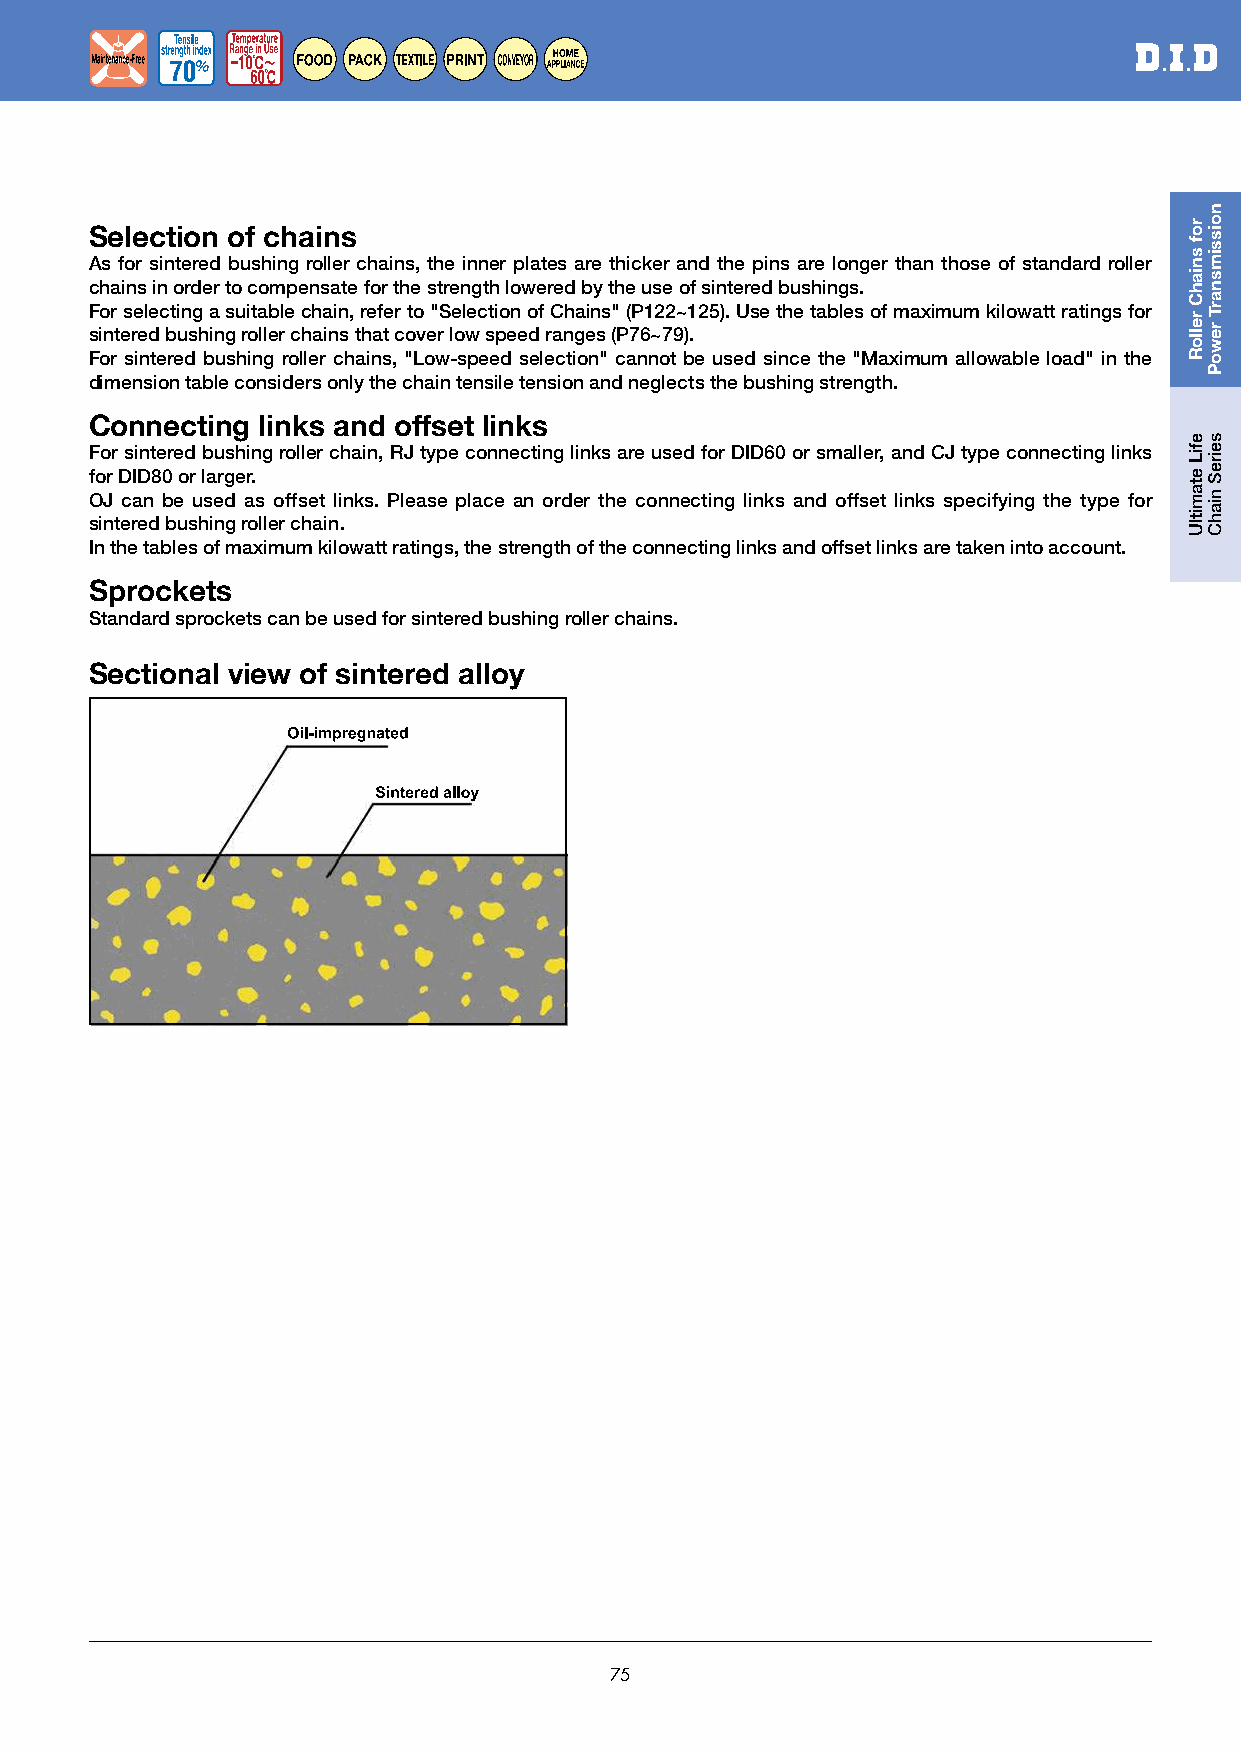
Sintered Bushing Roller Chain (UR), (URN)
 Selection of chains
 As for sintered bushing roller chains, the inner plates are thicker and the pins are longer than those of standard roller
 chains in order to compensate for the strength lowered by the use of sintered bushings.
 For selecting a suitable chain, refer to "Selection of Chains" (P122~125). Use the tables of maximum kilowatt ratings for
 sintered bushing roller chains that cover low speed ranges (P76~79).
 For sintered bushing roller chains, "Low-speed selection" cannot be used since the "Maximum allowable load" in the
 dimension table considers only the chain tensile tension and neglects the bushing strength.
 Connecting links and offset links
 For sintered bushing roller chain, RJ type connecting links are used for DID60 or smaller, and CJ type connecting links
 for DID80 or larger.
 OJ can be used as offset links. Please place an order the connecting links and offset links specifying the type for
 sintered bushing roller chain.
 In the tables of maximum kilowatt ratings, the strength of the connecting links and offset links are taken into account.
 1.Sintered bushing is incorporated. Sprockets
 2.Ultimate Life Chain for low speed and light lord applications.
 Standard sprockets can be used for sintered bushing roller chains.
 3.Up to 5 times longer wear life than standard chain.
 Sectional view of sintered alloy
 Tensile Temperature
 strength index Range in Use
 Maintenance-Free 70 −10℃〜
 60℃
 FOOD PACK TEXTILE PRINT CONVEYOR
 HOME
 APPLIANCE
 Symbols
 Resistant against Temperature
 No lubrication or Range in Use Allowable ambient
 Dirty contaminated or Maintenance-Free maintenance −10℃〜 temperature
 Environment deteriorated oil 100℃
 Dusty Tensile
 Resistant against strength index Tensile strength index
 dusty circumstances 100 (Compared to standard roller chains)
 Feed and drive in food Feed and drive in Feed and drive in
 FOOD PACK      TEXTILE
 processing machines packaging machines textile machines
 Feed and drive in can
 Feed and drive in the
 Feed and drive in  conveyors and for
 PRINT CONVEYOR conveyors and transfer CANNING
 printing machines  painting and drying
 equipment
 cans
 CONST- Feed and drive in HOME Feed and drive of AGRICULTURE Drive of agricultural
 RUCTION construction machines APPLIANCE home appliances machines
 75
 snoitcnuF
 sesuniaM
 emaN
 serutaeF
 snoitcnuF
 sesu
 niaM
 rof
 sniahC
 relloR
 efiL
 etamitlU
 noissimsnarT
 rewoP
 seireS
 niahC